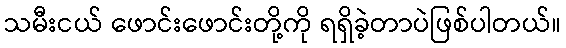
သမီးငယ် ဖောင်းဖောင်းတို့ကို ရရှိခဲ့တာပဲဖြစ်ပါတယ်။